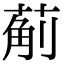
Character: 葪